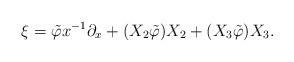
LaTeX: \begin{align*} \xi = \tilde \varphi x^{-1}\partial_x + (X_2 \tilde \varphi) X_2 + (X_3 \tilde \varphi) X_3 .\end{align*}